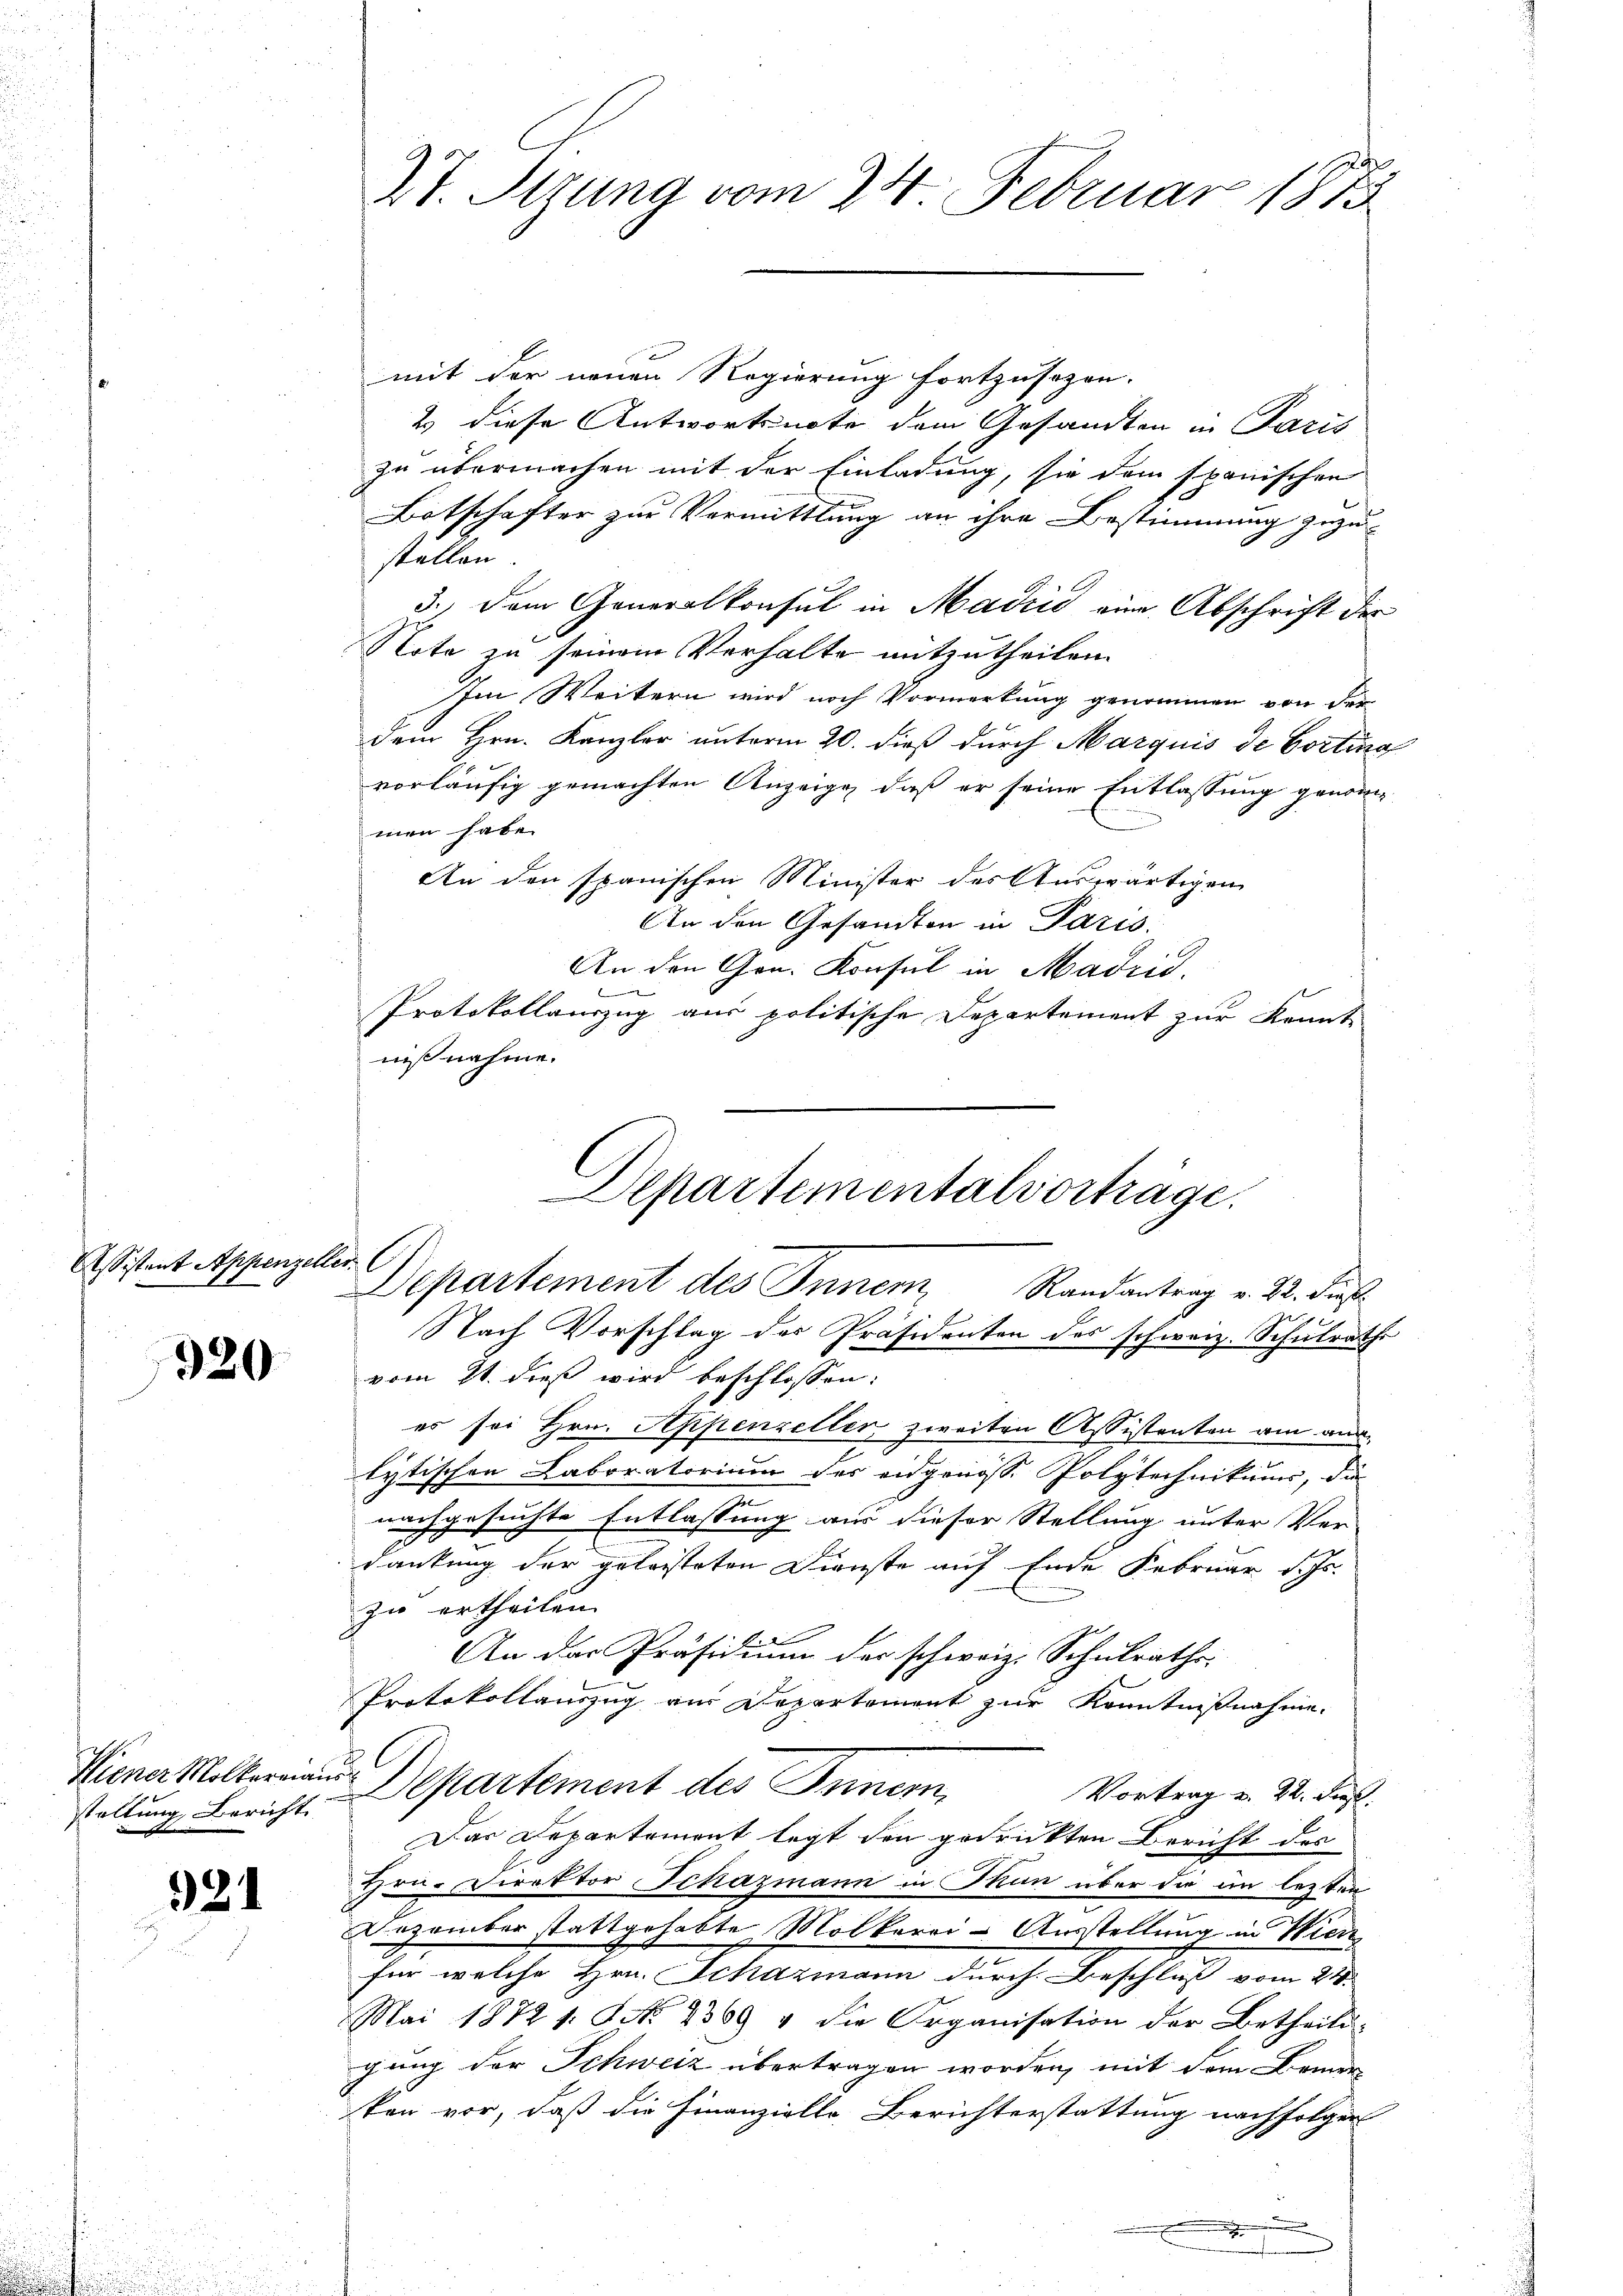
Assistent Appenzeller

920

staltung Bericht

921

27. Setzung vom 24. Februar 1873

mit der neuen Regierung fortzusezen.
2 diese Antwortsnote dem Gesandten in Paris
zu übermachen mit der Einladung, sie dem spanischen
Botschafter zur Vermittlung an ihre Bestimmung zuzu-
stellen
3.) Dem Generalkonsul in Madzić eine Abschrift der
J
Note zu seinem Verhalte mitzutheilen.
Im Weitern wird noch Vormerkung genommen von der
dem Hrn. Kanzler unterm 20. dieß durch Marquis de Corting
vorläufig gemachten Anzeige, daß er seine Entlassung genommen habe.
An den spanischen Minister des Auswärtigen
An den Gesandten in Paris.
An den Gon. Konsul in Madrid.
Protokollauszug aus politische Departement zur Kennte
niß nehme.

Departementalvorträge.
Departement des Innem Randantrag v. 22. dieß.
Nach Vorschlag der Präsidenten des schweiz. Schulrathe

vom 21. dieß wird beschlossen:
es sei Hrn. Appenzeller zweiten Assistenten am an¬
2
lytischen Laboratorium des angenosse Polytechnikums, die
nachgesuchte Entlassung aus dieser Stellung unter Ver-
dankung der geleisteten Dienste auf Ende Februar d. Js.
zu ertheilen.
An der Präsidium der schweiz. Schulraths-
Protokollauszug am Departement zur Kenntnißnahme.
Wiener Melkermann Departement des Innern,
Vortrag v. 22. Fres.
Das Departement legt den gedrückten Bericht des
Hrn. Direktor Schazmann in Thun über die in lezten
Dezember stattgehabte Molkarai-Ausstellung in Wien
für welche Hrn. Schazmann durch Beschluß vom 21.
Mai 1872 1. No. 2369 v die Organisation der Betheiligung der Schweiz übertragen worden, mit dem Bemer
ton vor, daß die Finanzielle, Berichterstattung nachfolger
.